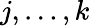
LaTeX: j,\dots,k